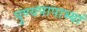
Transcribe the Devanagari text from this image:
पुण्यपापाभ्यां